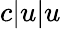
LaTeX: c|u|u